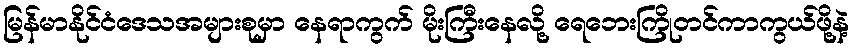
မြန်မာနိုင်ငံဒေသအများစုမှာ နေရာကွက် မိုးကြီးနေလို့ ရေဘေးကြိုတင်ကာကွယ်ဖို့နဲ့